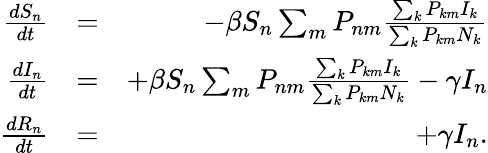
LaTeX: \begin{array}{rlr}{\frac{dS_{n}}{dt}}&{=}&{-\beta S_{n}\sum_{m}P_{nm}\frac{\sum_{k}P_{km}I_{k}}{\sum_{k}P_{km}N_{k}}}\\ {\frac{dI_{n}}{dt}}&{=}&{+\beta S_{n}\sum_{m}P_{nm}\frac{\sum_{k}P_{km}I_{k}}{\sum_{k}P_{km}N_{k}}-\gamma I_{n}}\\ {\frac{dR_{n}}{dt}}&{=}&{+\gamma I_{n}.}\end{array}